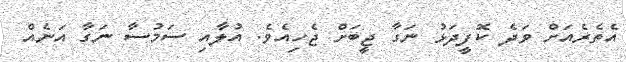
އެތެރެއަށް ވަދެ ކޮފީދަޅު ނަގާ ޖީބަށް ޖެހިއެވެ. އުލާއި ސަމުސާ ނަގާ އަނެއް